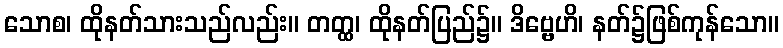
သောစ၊ ထိုနတ်သားသည်လည်း။ တတ္ထ၊ ထိုနတ်ပြည်၌။ ဒိဗ္ဗေဟိ၊ နတ်၌ဖြစ်ကုန်သော။